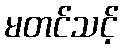
မတင်သင့်